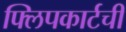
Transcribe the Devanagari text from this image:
फ्लिपकार्टची